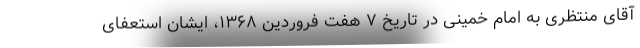
آقای منتظری به امام خمینی در تاریخ ۷ هفت فروردین ۱۳۶۸، ایشان استعفای